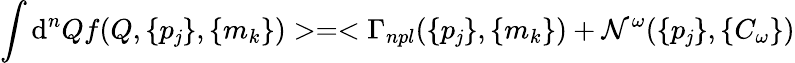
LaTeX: \int\mathrm{d}^{n}Qf(Q,\{ p_{\mathit{j}}\} ,\{ m_{k}\} )>=<\Gamma_{npl}(\{ p_{\mathit{j}}\} ,\{ m_{k}\} )+\mathcal{N}^{\omega}(\{ p_{\mathit{j}}\} ,\{ C_{\omega}\} )